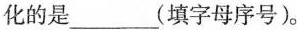
化的是___(填字母序号)。